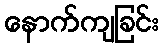
နောက်ကျခြင်း